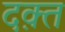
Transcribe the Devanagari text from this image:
दक़्त